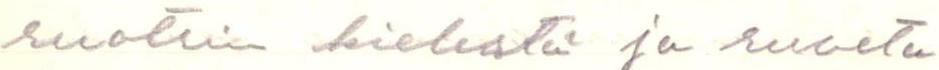
ruotsin kielestä ja ruveta